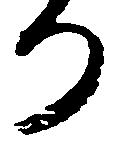
り